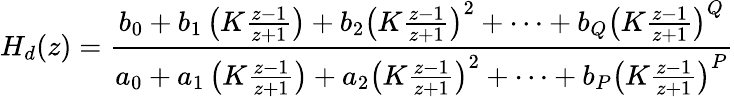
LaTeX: H_{d}(z)={\frac{b_{0}+b_{1}\left(K{\frac{z-1}{z+1}}\right)+b_{2}\left(K{\frac{z-1}{z+1}}\right)^{2}+\cdots+b_{Q}\left(K{\frac{z-1}{z+1}}\right)^{Q}}{a_{0}+a_{1}\left(K{\frac{z-1}{z+1}}\right)+a_{2}\left(K{\frac{z-1}{z+1}}\right)^{2}+\cdots+b_{P}\left(K{\frac{z-1}{z+1}}\right)^{P}}}